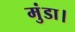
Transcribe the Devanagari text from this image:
मुंडा।